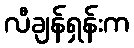
လီချန်ရှန်းက